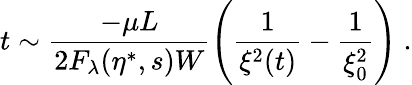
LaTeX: t\sim\frac{-\mu L}{2F_{\lambda}(\eta^{\ast},s)W}\left(\frac{1}{\xi^{2}(t)}-\frac{1}{\xi_{0}^{2}}\right)\ .